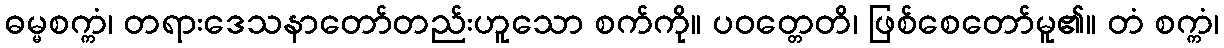
ဓမ္မစက္ကံ၊ တရားဒေသနာတော်တည်းဟူသော စက်ကို။ ပဝတ္တေတိ၊ ဖြစ်စေတော်မူ၏။ တံ စက္ကံ၊